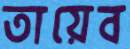
তায়েব